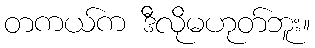
တကယ်က ဒီလိုမဟုတ်ဘူး။